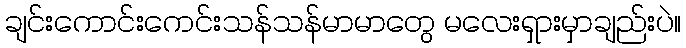
ချင်းကောင်းကေင်းသန်သန်မာမာတွေ မလေးရှားမှာချည်းပဲ။